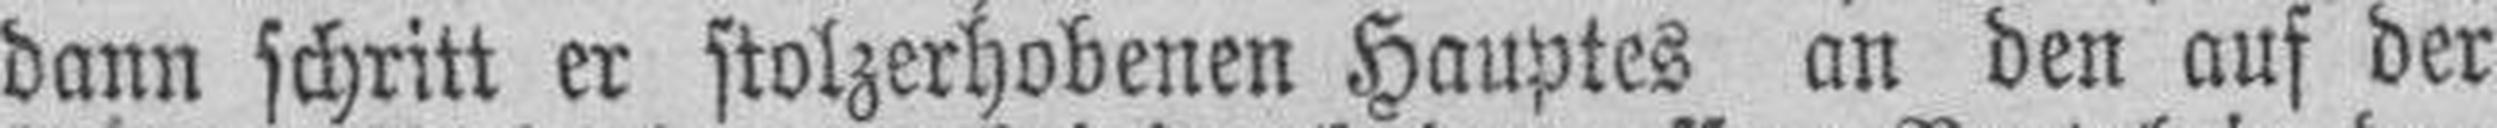
dann schritt er stolzerhobenen Hauptes an den auf der